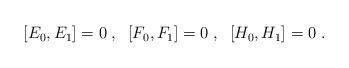
LaTeX: \begin{align*}\\ \,[E_{0},E_{1}] = 0 \;,\;\; [F_{0},F_{1}] = 0 \;,\;\; [H_{0},H_{1}] = 0\;.\end{align*}